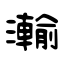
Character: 瀭